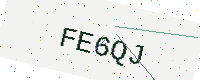
Text: FE6QJ